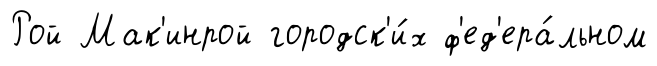
Рой Мак'инрой городск'и́х ф'ед'ера́льном